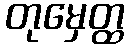
တုမှေတ္ထ